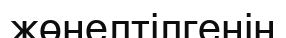
жөнелтілгенін